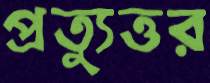
প্রত্যুত্তর